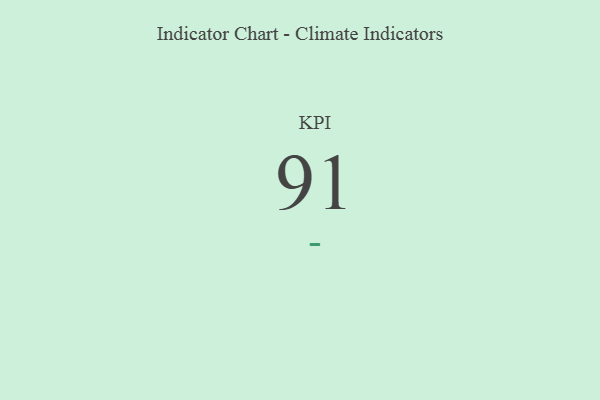
{"axis": {"x": "KPI", "y": "Value"}, "legend": [""], "data": [{"x": "KPI", "y": 91, "type": ""}]}